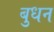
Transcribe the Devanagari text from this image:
बुधन